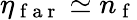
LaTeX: \eta_{\mathrm{~f~a~r~}}\simeq n_{\mathrm{~f~}}